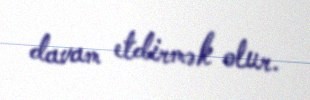
davam etdirmək olur.